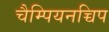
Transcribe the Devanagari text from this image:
चैम्पियनच्चिप